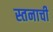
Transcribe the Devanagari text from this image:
स्तनाची